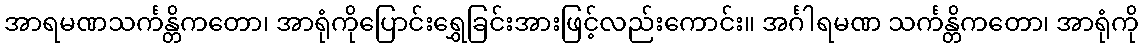
အာရမဏသင်္ကန္တိကတော၊ အာရုံကိုပြောင်းရွှေခြင်းအားဖြင့်လည်းကောင်း။ အင်္ဂါရမဏ သင်္ကန္တိကတော၊ အာရုံကို